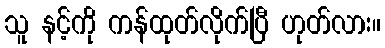
သူ နင့်ကို ကန်ထုတ်လိုက်ပြီ ဟုတ်လား။